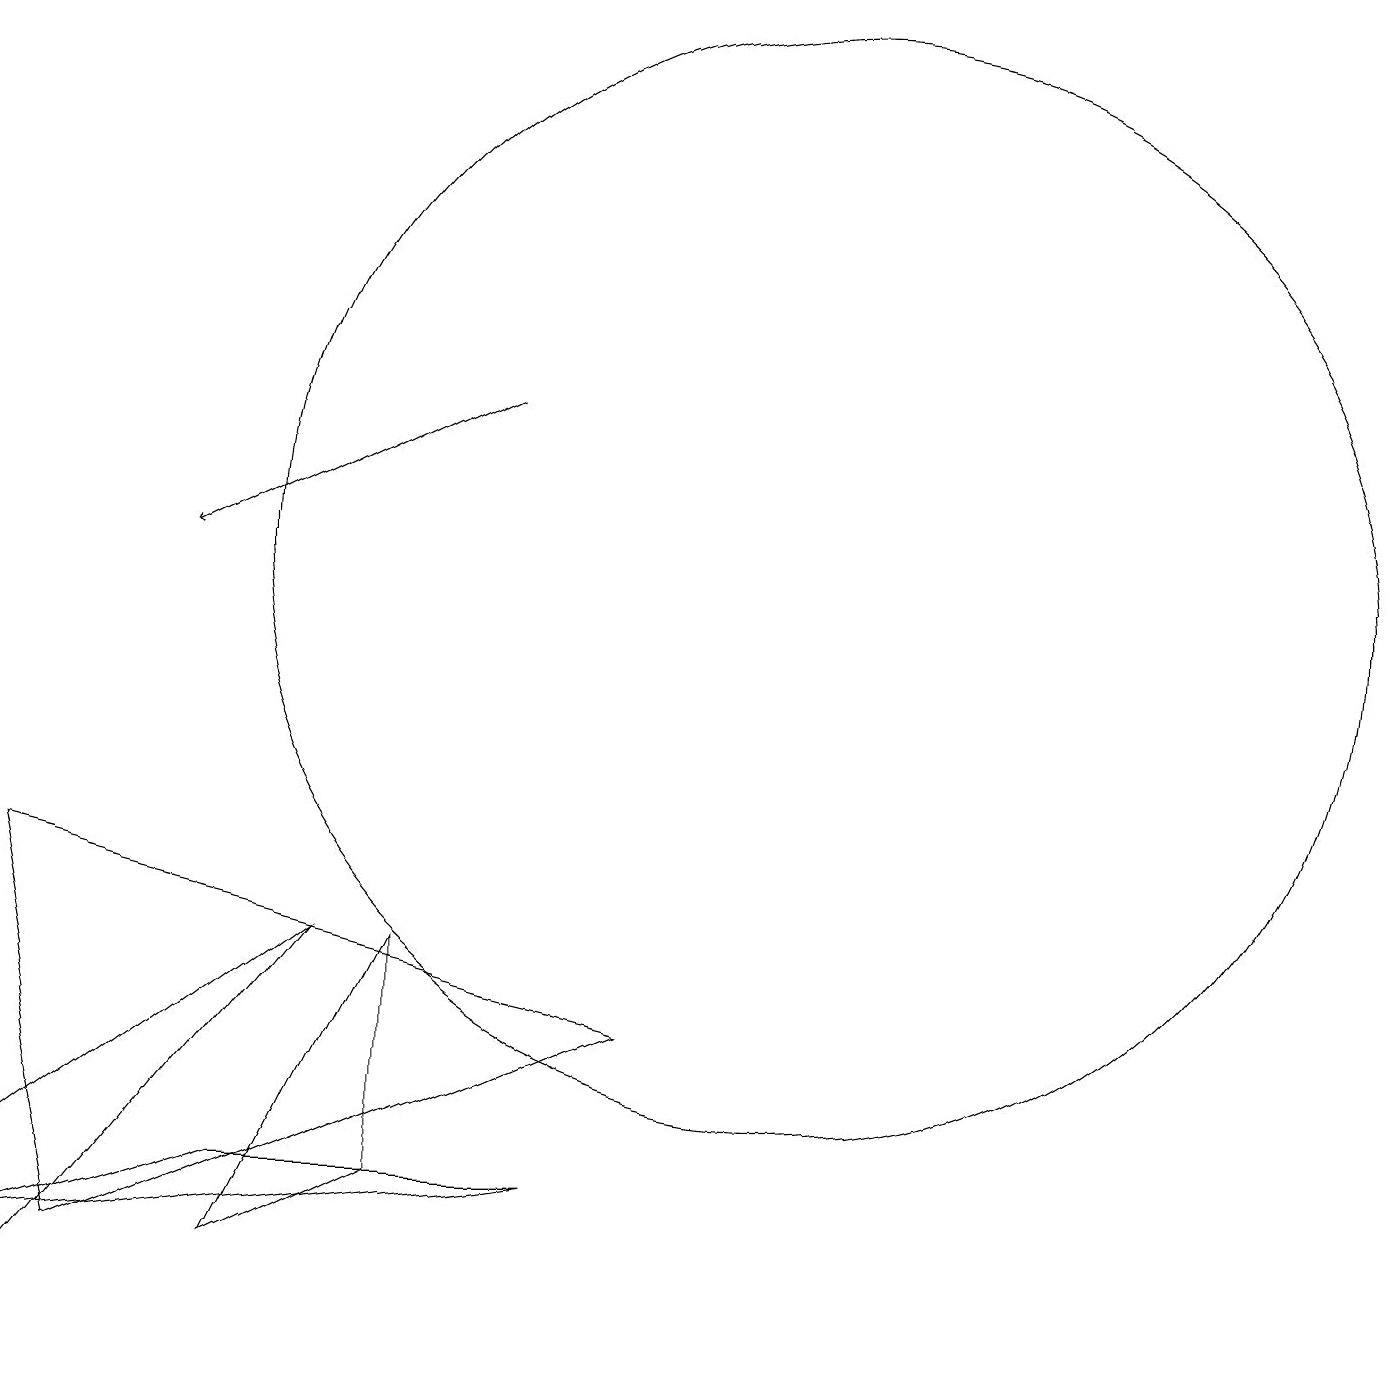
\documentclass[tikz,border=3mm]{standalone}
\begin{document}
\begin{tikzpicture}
\draw (0,7) -- (8,5) -- (1,2) -- cycle;
\draw (3,2) -- (5,3) -- (5,6) -- cycle;
\draw (10,11) circle (7);
\draw (4,6) -- (0,3) -- (0,1) -- cycle;
\draw (0,2) -- (3,3) -- (7,3) -- cycle;
\draw[->] (6,13) -- (2,11);
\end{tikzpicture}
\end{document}